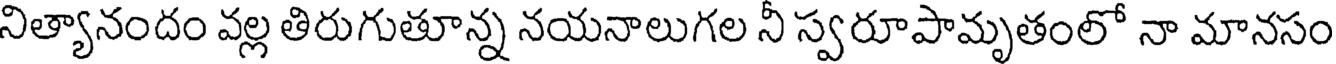
నిత్యానందం వల్ల తిరుగుతూన్న నయనాలుగల నీ స్వరూపామృతంలో నా మానసం